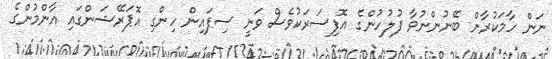
ނަން ހާމަކުރާން ބޭނުންނުވާ ފުލުހުންގެ އޮފިސަރަކުވެސް ވަނީ ސިފައިން ހިންގި އޮޕަރޭޝަންގައި އާންމުންގެ